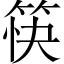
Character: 筷